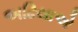
અઢિયાએ